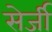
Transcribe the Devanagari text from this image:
सेर्जी